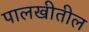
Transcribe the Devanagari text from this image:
पालखीतील